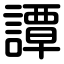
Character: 譚